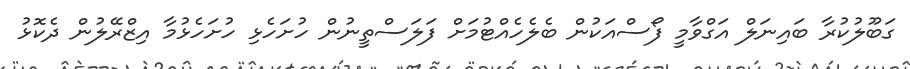
ގަބޫލުކުރާ ބައިނަލް އަގްވާމީ ފޯސްއަކުން ބެލެހެއްޓުމަށް ފަލަސްތީނުން ހުށަހެޅި ހުށަހެޅުމާ އިޒްރޭލުން ދެކޮޅު